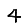
Digit: 4